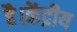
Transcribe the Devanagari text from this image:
है।केंद्रीय